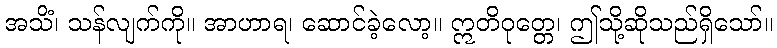
အသိံ၊ သန်လျက်ကို။ အာဟာရ၊ ဆောင်ခဲ့လော့။ ဣတိဝုတ္တေ၊ ဤသို့ဆိုသည်ရှိသော်။